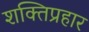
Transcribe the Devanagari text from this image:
शक्तिप्रहार